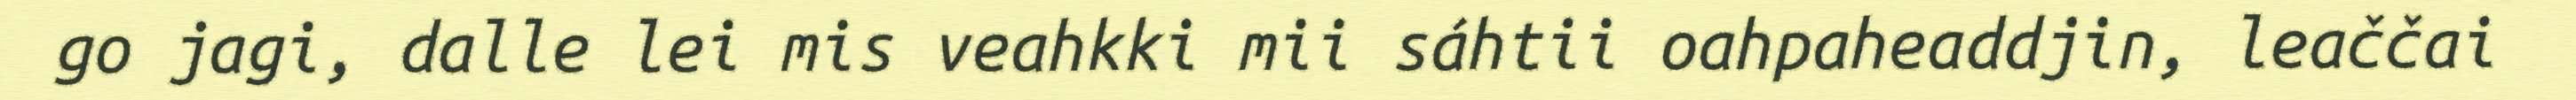
go jagi, dalle lei mis veahkki mii sáhtii oahpaheaddjin, leaččai